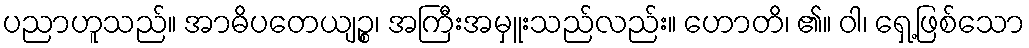
ပညာဟူသည်။ အာဓိပတေယျဉ္စ၊ အကြီးအမှူးသည်လည်း။ ဟောတိ၊ ၏။ ဝါ၊ ရှေ့ဖြစ်သော